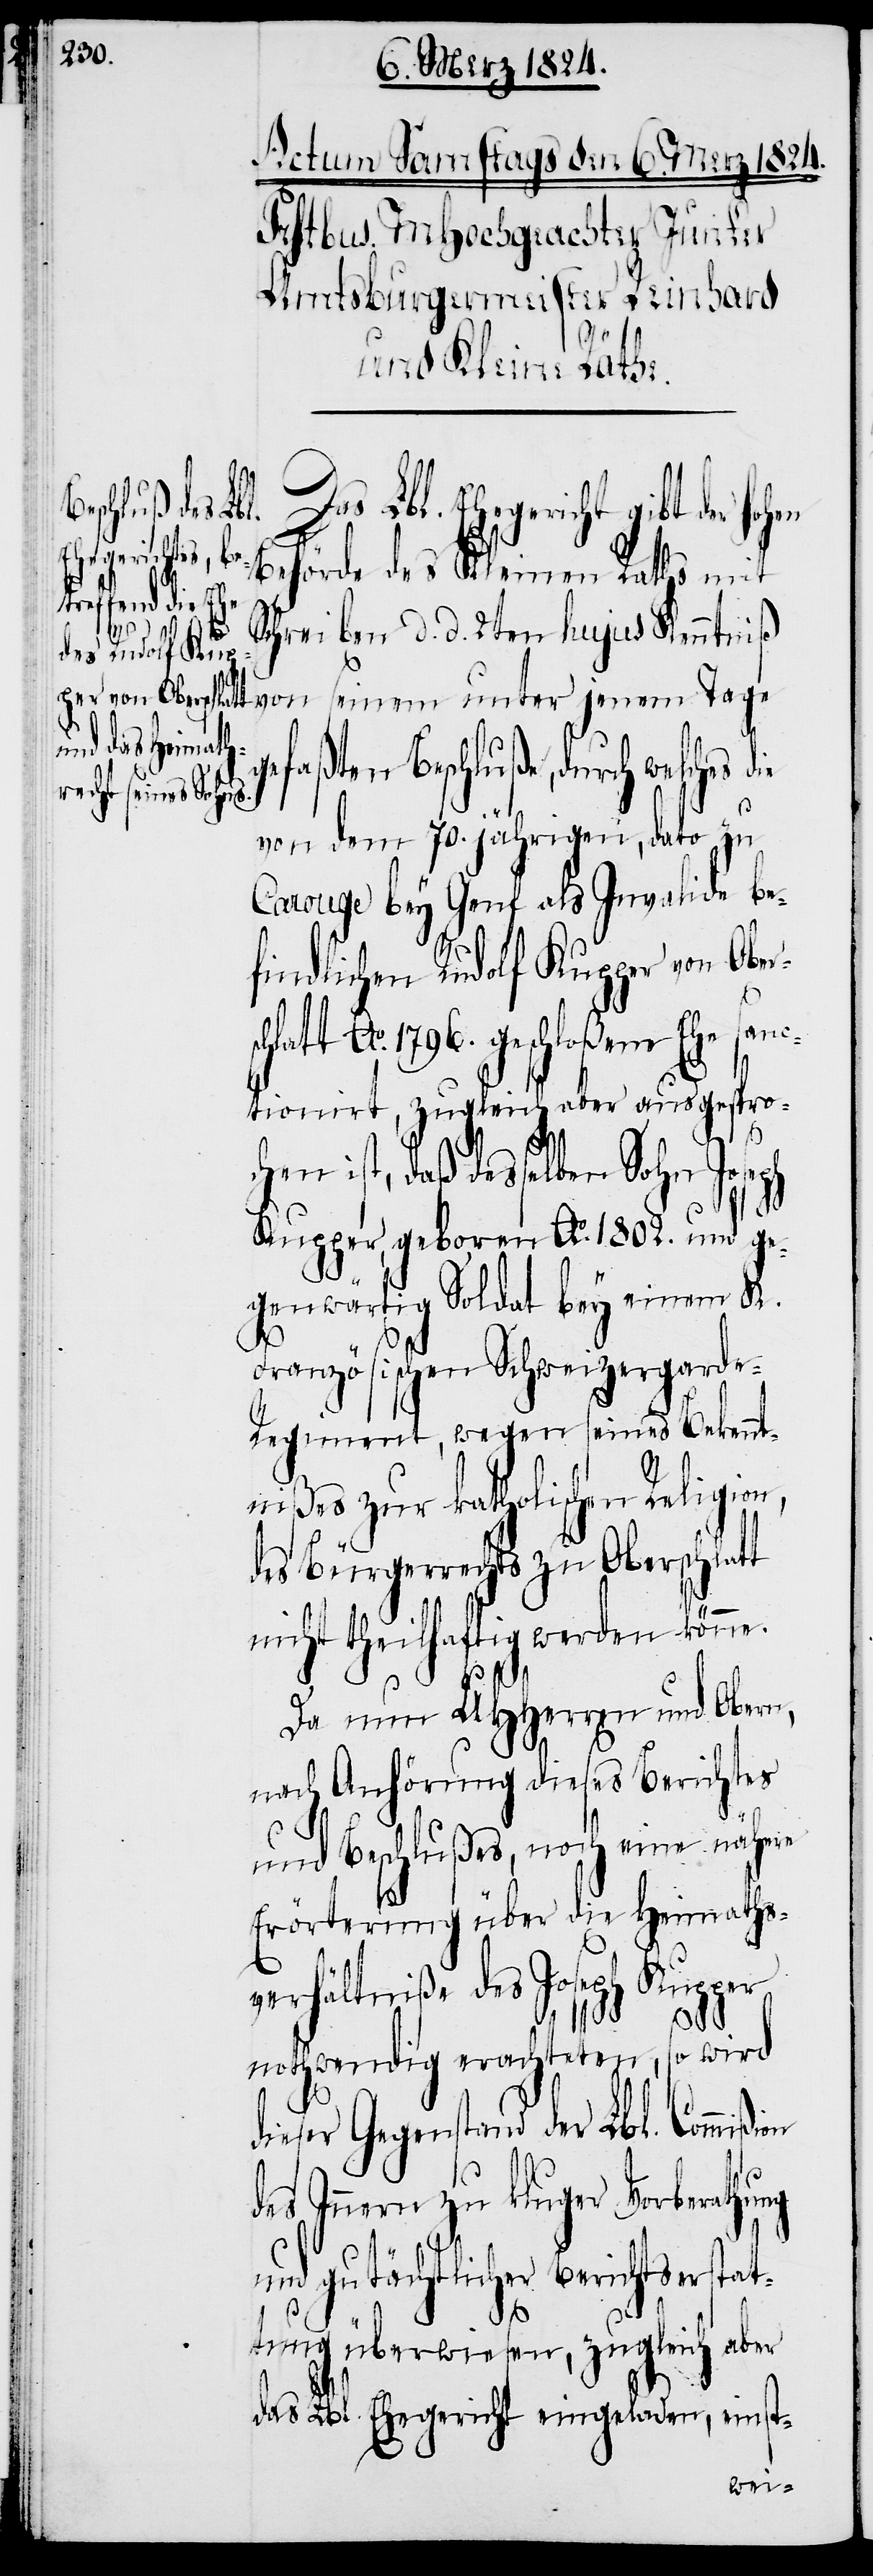
Das Lbl. Ehegericht gibt der hohen
Behörde des Kleinen Raths mit
schlatt
Schreiben d. d. 2ten hujus Kenntniß
von seinem unter jenem Tage
gefaßten Beschluße, durch welches
von dem 70. jährigen, dato zu
Carouge bey Genf als Invalide be¬
findlichen Rudolf Kupper von Ober¬
Ao. 1796. geschloßene Ehe san¬
ctionirt, zugleich aber ausgespro¬
rs¬
en ist, daß desselben Sohn
Kupper, geboren Ao. 1802. und ge¬
genwärtig Soldat bey einem K.
Französischen Schweizergard¬
e-Regiment, wegen seines Bekenn¬
tnißes zur katholischen Religion,
des Bürgerrechts zu Oberschlatt
nicht theilhaftig werden könne.
Da nun UHHerren und Obern,
nach Anhörung dieses Berichtes
und Beschlußes, noch eine nähere
Erörterung über die Heimaths¬
verhältniße des Joseph Kupper
nothwendig erachteten, so wird
dieser Gegenstand der Lbl. Commi¬
des Innern zu kluger Vorberathu¬
tat¬
und gutächtlicher Berichtse¬
tung überwiesen, zugleich aber
das Lbl. Ehegericht eingeladen, einst-